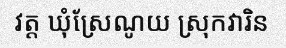
វត្ត ឃុំស្រែណូយ ស្រុកវារិន